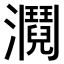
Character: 𤄎